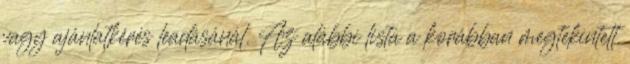
vagy ajánlatkérés leadásánál. Az alábbi lista a korábban megtekintett